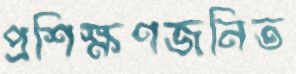
প্রশিক্ষণজনিত